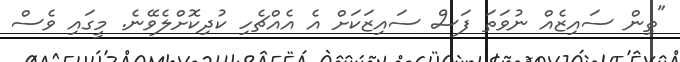
"ތިން ސައިޒެއް ނުވަތަ ފަސް ސައިޒަކަށް އެ އެއްޗެހި ކުދިކޮށްލެވޭނެ. މީގައި ވެސް